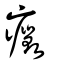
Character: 癥